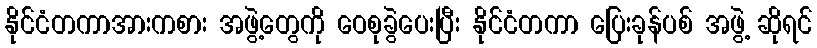
နိုင်ငံတကာအားကစား အဖွဲ့တွေကို ဝေစုခွဲပေးပြီး နိုင်ငံတကာ ပြေးခုန်ပစ် အဖွဲ့ ဆိုရင်